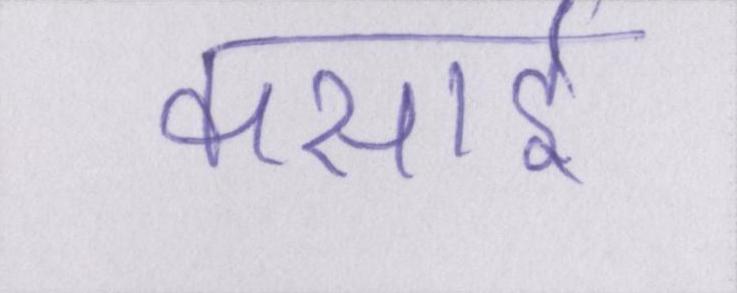
कसाई